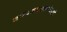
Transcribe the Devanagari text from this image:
साम्यवाद्यांबरोबरचे